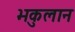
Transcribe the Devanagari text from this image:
भकुलान